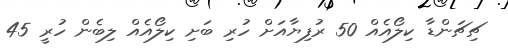
ޗިޗަންޑާ ކިލޯއެއް 50 ރުފިޔާއަށް ހުރި ބަށި ކިލޯއެއް ލިބެން ހުރީ 45